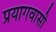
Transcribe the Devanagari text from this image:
प्रयागवासी